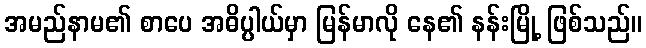
အမည်နာမ၏ စာပေ အဓိပ္ပါယ်မှာ မြန်မာလို နေ၏ နန်းမြို့ ဖြစ်သည်။